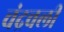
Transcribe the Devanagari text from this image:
चंद्रवली